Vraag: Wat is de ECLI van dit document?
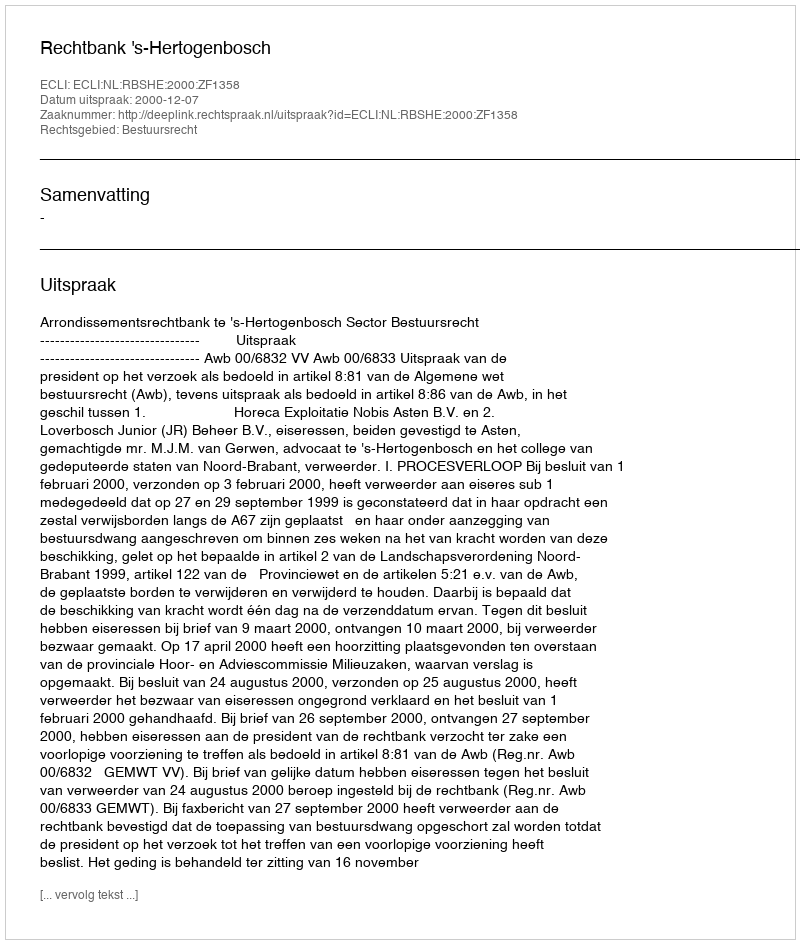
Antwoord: ECLI:NL:RBSHE:2000:ZF1358